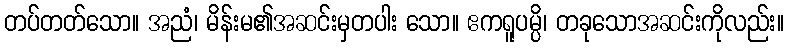
တပ်တတ်သော။ အညံ၊ မိန်းမ၏အဆင်းမှတပါး သော။ ဧကရူပမ္ပိ၊ တခုသောအဆင်းကိုလည်း။